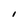
Character: I